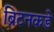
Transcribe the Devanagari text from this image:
ब्रिटनकडे